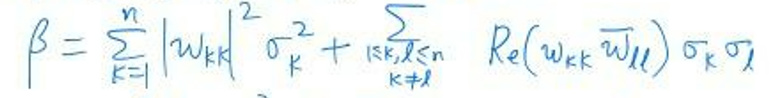
\(\beta = \sum_{k = 1}^{n} \vert w_{k} \vert^{2} \sigma_{k}^{2} + \sum_{\substack{k, l \leq n \\ k \neq l}} \mathrm{Re}(w_{k} \overline{w_{l}}) \sigma_{k} \sigma_{l}\)